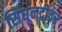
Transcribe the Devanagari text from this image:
सिंधूनदीवर